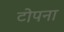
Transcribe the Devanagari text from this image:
टोपना